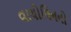
વાયોલિનનો